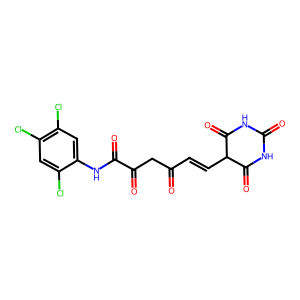
SMILES: O=C(C=CC1C(=O)NC(=O)NC1=O)CC(=O)C(=O)Nc1cc(Cl)c(Cl)cc1Cl
Inhibits HIV replication: No